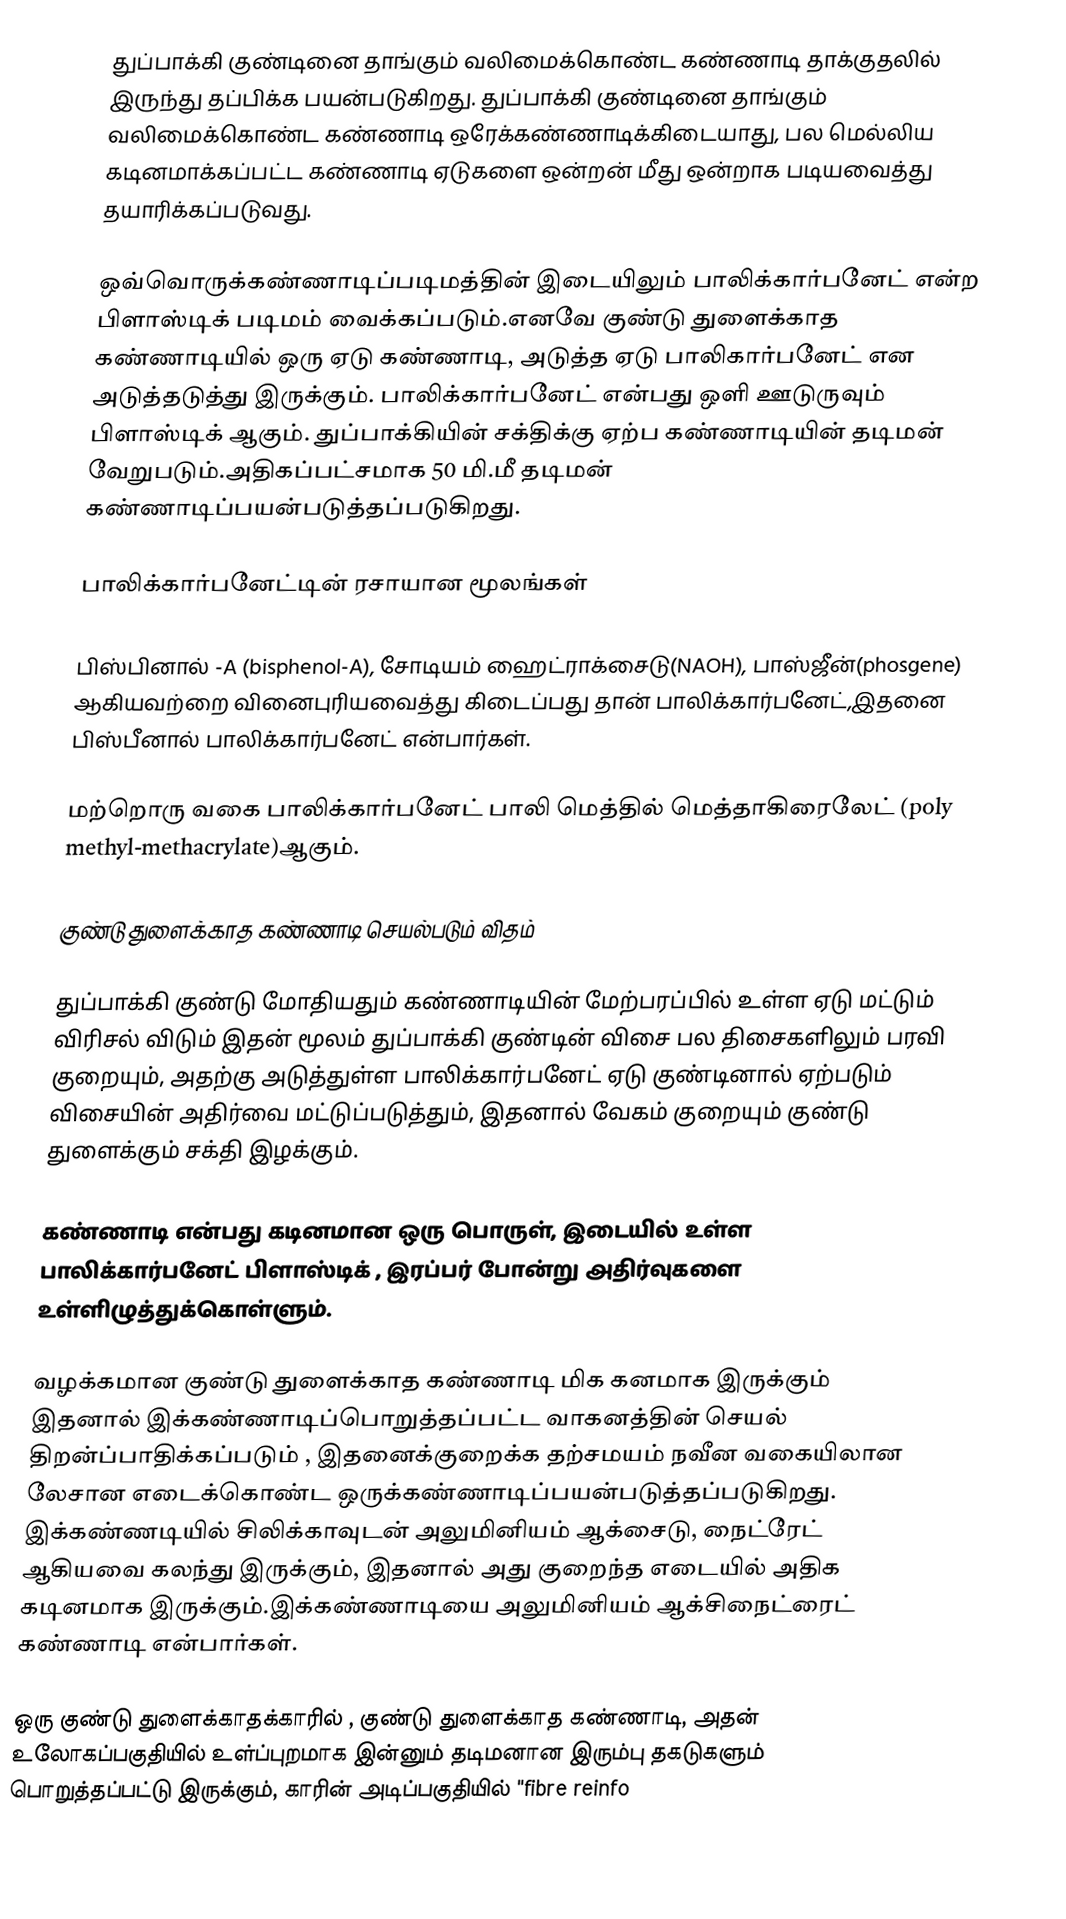
துப்பாக்கி குண்டினை தாங்கும் வலிமைக்கொண்ட கண்ணாடி தாக்குதலில் இருந்து தப்பிக்க பயன்படுகிறது. துப்பாக்கி குண்டினை தாங்கும் வலிமைக்கொண்ட கண்ணாடி ஒரேக்கண்ணாடிக்கிடையாது, பல மெல்லிய கடினமாக்கப்பட்ட கண்ணாடி ஏடுகளை ஒன்றன் மீது ஒன்றாக படியவைத்து தயாரிக்கப்படுவது.

ஒவ்வொருக்கண்ணாடிப்படிமத்தின் இடையிலும் பாலிக்கார்பனேட் என்ற பிளாஸ்டிக் படிமம் வைக்கப்படும்.எனவே குண்டு துளைக்காத கண்ணாடியில் ஒரு ஏடு கண்ணாடி, அடுத்த ஏடு பாலிகார்பனேட் என அடுத்தடுத்து இருக்கும். பாலிக்கார்பனேட் என்பது ஒளி ஊடுருவும் பிளாஸ்டிக் ஆகும். துப்பாக்கியின் சக்திக்கு ஏற்ப கண்ணாடியின் தடிமன் வேறுபடும்.அதிகப்பட்சமாக 50 மி.மீ தடிமன் கண்ணாடிப்பயன்படுத்தப்படுகிறது.

பாலிக்கார்பனேட்டின் ரசாயான மூலங்கள்

பிஸ்பினால் -A (bisphenol-A), சோடியம் ஹைட்ராக்சைடு(NAOH), பாஸ்ஜீன்(phosgene) ஆகியவற்றை வினைபுரியவைத்து கிடைப்பது தான் பாலிக்கார்பனேட்,இதனை பிஸ்பீனால் பாலிக்கார்பனேட் என்பார்கள்.

மற்றொரு வகை பாலிக்கார்பனேட் பாலி மெத்தில் மெத்தாகிரைலேட் (poly methyl-methacrylate)ஆகும்.

குண்டு துளைக்காத கண்ணாடி செயல்படும் விதம்

துப்பாக்கி குண்டு மோதியதும் கண்ணாடியின் மேற்பரப்பில் உள்ள ஏடு மட்டும் விரிசல் விடும் இதன் மூலம் துப்பாக்கி குண்டின் விசை பல திசைகளிலும் பரவி குறையும், அதற்கு அடுத்துள்ள பாலிக்கார்பனேட் ஏடு குண்டினால் ஏற்படும் விசையின் அதிர்வை மட்டுப்படுத்தும், இதனால் வேகம் குறையும் குண்டு துளைக்கும் சக்தி இழக்கும்.

கண்ணாடி என்பது கடினமான ஒரு பொருள், இடையில் உள்ள பாலிக்கார்பனேட் பிளாஸ்டிக் , இரப்பர் போன்று அதிர்வுகளை உள்ளிழுத்துக்கொள்ளும்.

வழக்கமான குண்டு துளைக்காத கண்ணாடி மிக கனமாக இருக்கும் இதனால் இக்கண்ணாடிப்பொறுத்தப்பட்ட வாகனத்தின் செயல் திறன்ப்பாதிக்கப்படும் , இதனைக்குறைக்க தற்சமயம் நவீன வகையிலான லேசான எடைக்கொண்ட ஒருக்கண்ணாடிப்பயன்படுத்தப்படுகிறது. இக்கண்ணடியில் சிலிக்காவுடன் அலுமினியம் ஆக்சைடு, நைட்ரேட் ஆகியவை கலந்து இருக்கும், இதனால் அது குறைந்த எடையில் அதிக கடினமாக இருக்கும்.இக்கண்ணாடியை அலுமினியம் ஆக்சிநைட்ரைட் கண்ணாடி என்பார்கள்.

ஒரு குண்டு துளைக்காதக்காரில் , குண்டு துளைக்காத கண்ணாடி, அதன் உலோகப்பகுதியில் உள்ப்புறமாக இன்னும் தடிமனான இரும்பு தகடுகளும் பொறுத்தப்பட்டு இருக்கும், காரின் அடிப்பகுதியில் "fibre reinfo